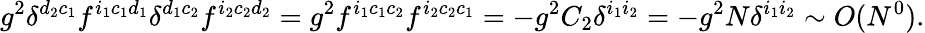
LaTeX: g^{2}\delta^{d_{2}c_{1}}f^{i_{1}c_{1}d_{1}}\delta^{d_{1}c_{2}}f^{i_{2}c_{2}d_{2}}=g^{2}f^{i_{1}c_{1}c_{2}}f^{i_{2}c_{2}c_{1}}=-g^{2}C_{2}\delta^{i_{1}i_{2}}=-g^{2}N\delta^{i_{1}i_{2}}\sim O(N^{0}).